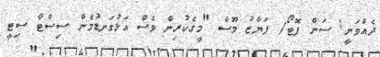
ދެއްވަނީ: ސަން ފޮޓޯ/ ފަޔާޒު މޫސާ "މީގެކުރިން ވެސް އަޅުގަނޑުމެން ސިސްޓާ ސިޓީ